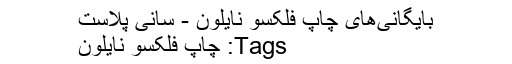
بایگانی‌های چاپ فلکسو نایلون - سانی پلاست
Tags: چاپ فلکسو نایلون